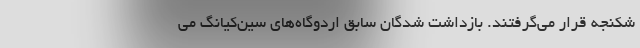
شکنجه قرار می‌گرفتند. بازداشت شدگان سابق اردوگاه‌های سین‌کیانگ می